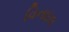
વિનાઇલ